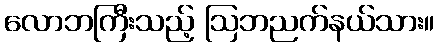
လောဘကြီးသည့် ဩဘညက်နယ်သား။